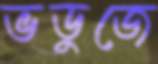
ভডুজে